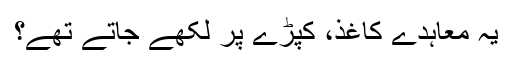
یہ معاہدے کاغذ، کپڑے پر لکھے جاتے تھے؟